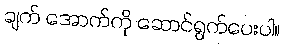
ချက် အောက်ကို ဆောင်ရွက်ပေးပါ။